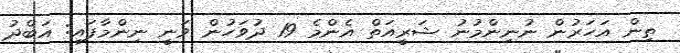
ތިން އަހަރުން ނުނިންމުނު ޝަރީއަތް އެންމެ 19 ދުވަހުން ވަނީ ނިންމާފައި: އަބްދު